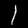
Digit: 1